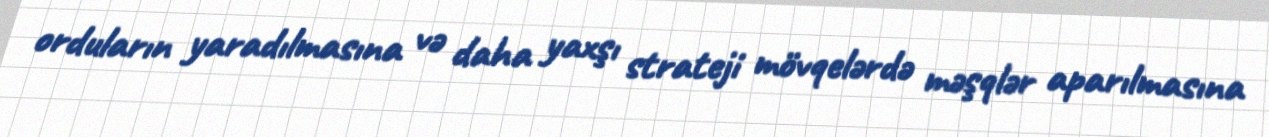
orduların yaradılmasına və daha yaxşı strateji mövqelərdə məşqlər aparılmasına